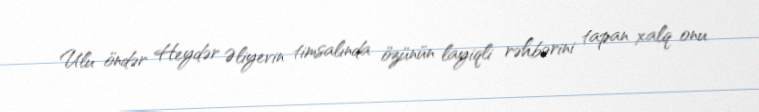
Ulu öndər Heydər Əliyevin timsalında özünün layiqli rəhbərini tapan xalq onu